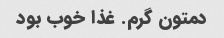
دمتون گرم. غذا خوب بود